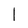
Character: l